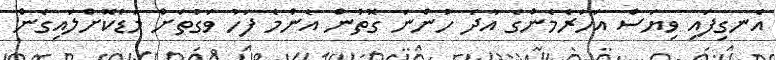
އެނގިފައި ވިޔަސް އަހަރެމެންގެ އާދަ ހުންނަ ގޮތުން އެންމެ ފަހު ވަގުތަށް މަޑުކޮށްލައިގެން